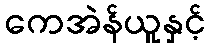
ကေအဲန်ယူနှင့်